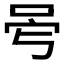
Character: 𠰡